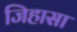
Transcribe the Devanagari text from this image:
जिहासा